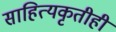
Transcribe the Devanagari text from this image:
साहित्यकृतीही